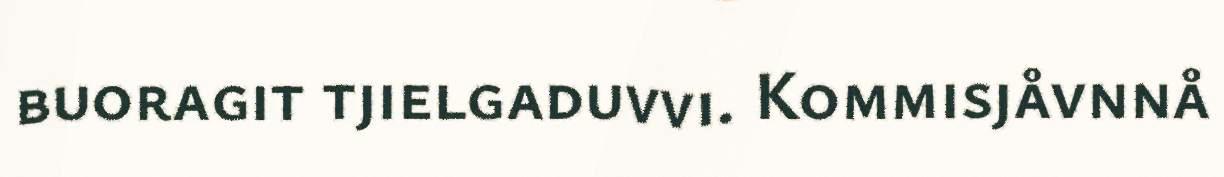
buoragit tjielgaduvvi. Kommisjåvnnå